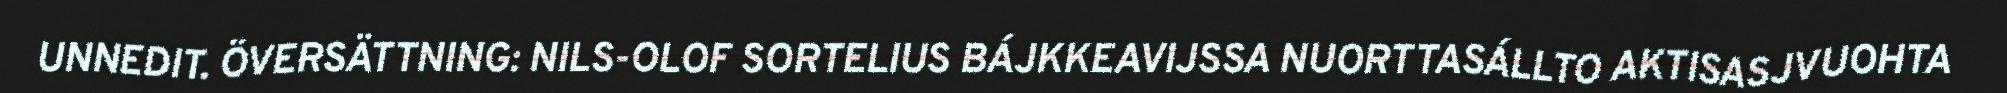
UNNEDIT. ÖVERSÄTTNING: NILS-OLOF SORTELIUS BÁJKKEAVIJSSA NUORTTASÁLLTO AKTISASJVUOHTA